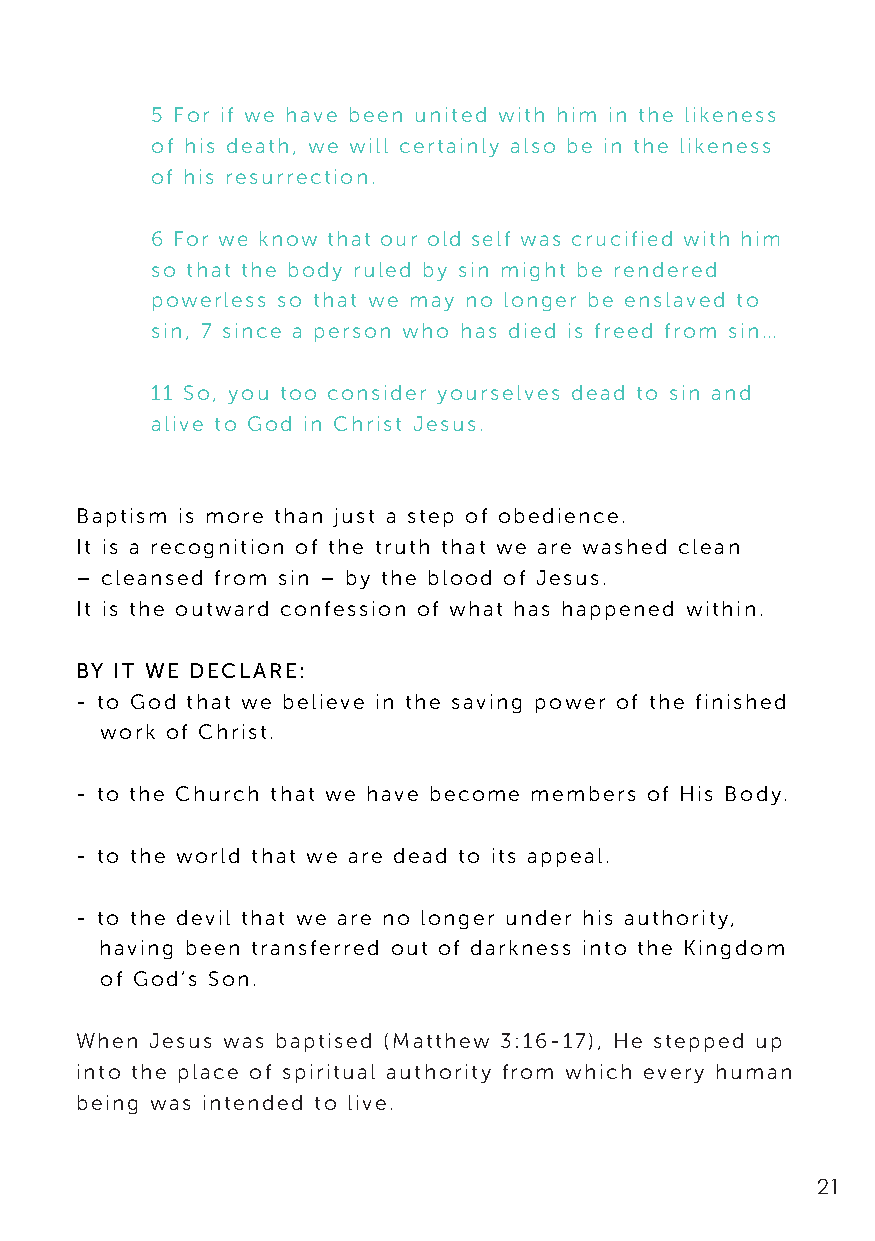
5 For if we have been united with him in the likeness
 of his death, we will certainly also be in the likeness
 of his resurrection.
 6 For we know that our old self was crucified with him
 so that the body ruled by sin might be rendered
 powerless so that we may no longer be enslaved to
 sin, 7 since a person who has died is freed from sin…
 11 So, you too consider yourselves dead to sin and
 alive to God in Christ Jesus.
 Baptism is more than just a step of obedience.
 It is a recognition of the truth that we are washed clean
 – cleansed from sin – by the blood of Jesus.
 It is the outward confession of what has happened within.
 BY IT WE DECLARE:
 - to God that we believe in the saving power of the finished
 work of Christ.
 - to the Church that we have become members of His Body.
 - to the world that we are dead to its appeal.
 - to the devil that we are no longer under his authority,
 having been transferred out of darkness into the Kingdom
 of God’s Son.
 When Jesus was baptised (Matthew 3:16-17), He stepped up
 into the place of spiritual authority from which every human
 being was intended to live.
 21